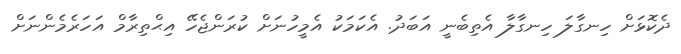
ދެކޮޅަށް ހިނގާލަ ހިނގާލާ އެތިބެނީ އަބަދު. އެކަމަކު އެމީހުނަށް ކުރަންޖެހޭ އިޙްތިރާމް އަހަރެމެންނަށް